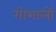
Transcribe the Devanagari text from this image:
गोशालों